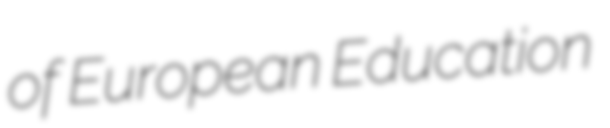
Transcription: of European Education